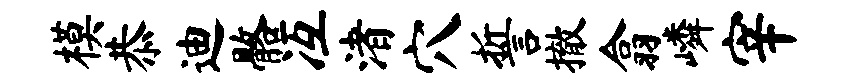
模恭迪髂冱渚穴誓撤翕嶙宰